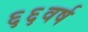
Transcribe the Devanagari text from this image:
६६वर्ष